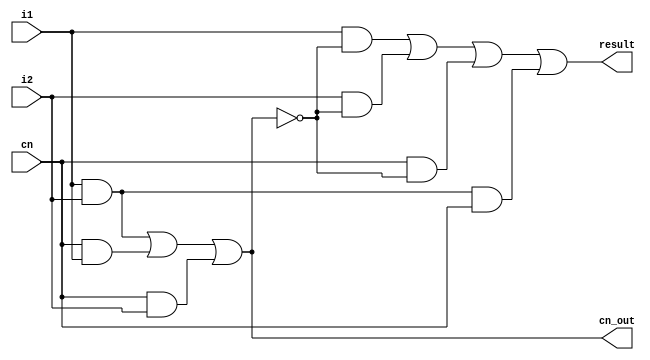
module adder_1bit(
	input i1,
	input i2,
	input cn,
	output result,
	output cn_out
);
assign cn_out=(i1&i2)|(cn&i1)|(cn&i2);
assign result=(i1&(~cn_out))|(i2&(~cn_out))|(cn&(~cn_out))|(i1&i2&cn);
endmodule